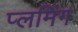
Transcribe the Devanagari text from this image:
प्लमिंग